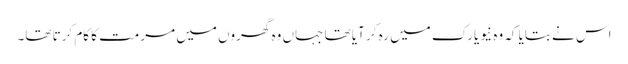
اس نے بتایا کہ وہ نیویارک میں رہ کر آیا تھا جہاں وہ گھروں میں مرمت کا کام کرتا تھا۔